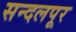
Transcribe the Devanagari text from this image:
सन्दलपूर